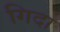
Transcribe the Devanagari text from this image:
गिदा